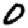
Digit: 0